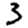
Digit: 3